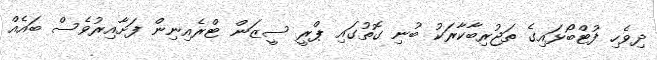
ދިވެހި ފުޓްބޯޅައިގެ ތަޖުރިބާކާރަކު ބުނި ގޮތުގައި ޕްރީ ސީޒަން ޓްރެއިނިން ފަށާއިރުވެސް ބައެއް